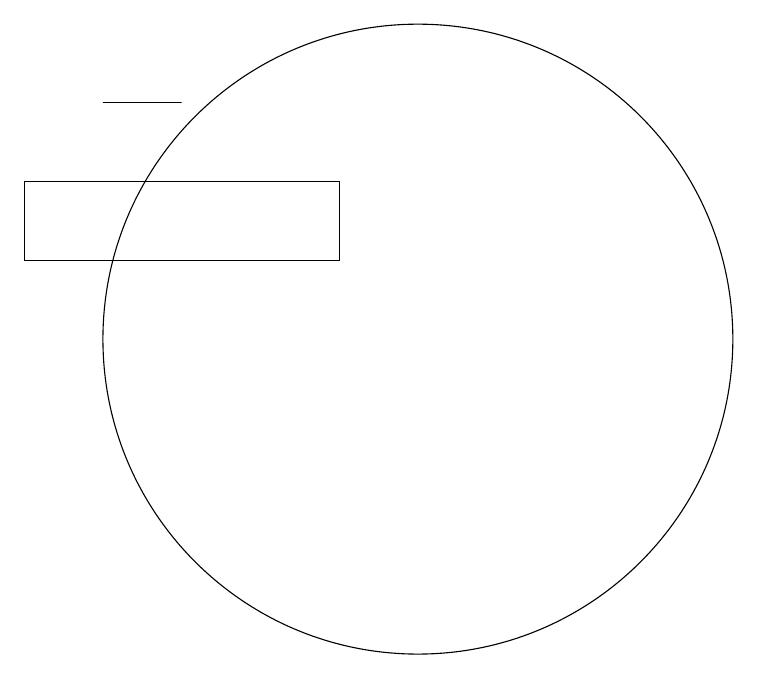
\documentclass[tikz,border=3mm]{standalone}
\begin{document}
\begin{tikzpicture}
\draw (6,13) rectangle (7,13);
\draw (10,10) circle (4);
\draw (9,12) rectangle (5,11);
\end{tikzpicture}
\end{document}